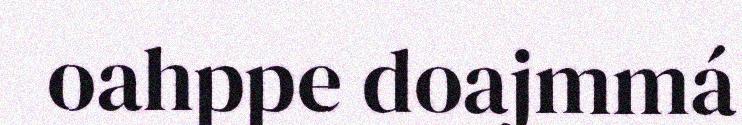
oahppe doajmmá